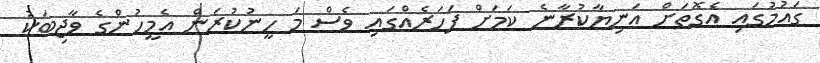
ގައުމުގައި އެގޮތަށް އަނިޔާކުރާނެ ކަމަށް ފަހަރެއްގައި ވެސް މަ ހީނުކުރަން އެމީހުންގެ ވާޖިބަކު